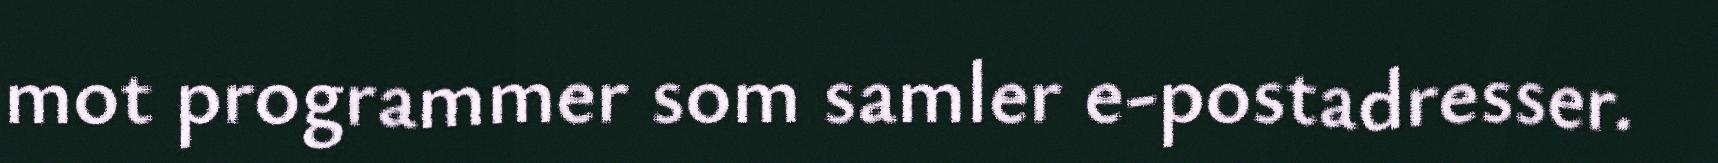
mot programmer som samler e-postadresser.